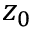
z _ { 0 }